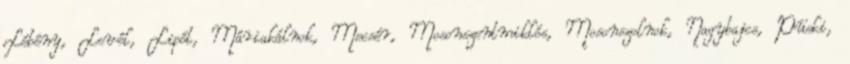
Lébény, Levél, Lipót, Máriakálnok, Mecsér, Mosonszentmiklós, Mosonszolnok, Nagybajcs, Püski,